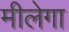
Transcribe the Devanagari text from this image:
मीलेगा